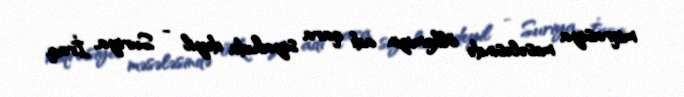
miqrasiya məsələsində ölkəmizin adı qara siyahıda deyil - Suriya, İraq,